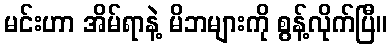
မင်းဟာ အိမ်ရာနဲ့ မိဘများကို စွန့်လိုက်ပြီ။